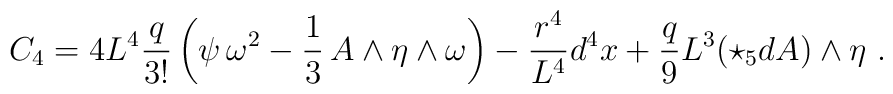
C_{4} = 4 L^{4} \frac{q}{3!} \left( \psi \, \omega^2 - \frac{1}{3} \, A \wedge \eta \wedge \omega \right) - \frac{r^4}{L^4} d^4x + \frac{q}{9}L^3(\star_5 dA) \wedge \eta \ .